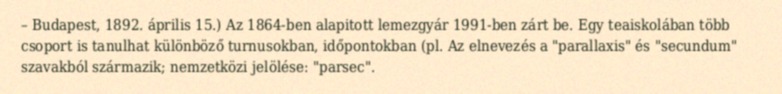
– Budapest, 1892. április 15.) Az 1864-ben alapitott lemezgyár 1991-ben zárt be. Egy teaiskolában több csoport is tanulhat különböző turnusokban, időpontokban (pl. Az elnevezés a "parallaxis" és "secundum" szavakból származik; nemzetközi jelölése: "parsec".